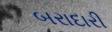
બરાદારી